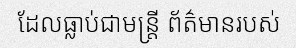
ដែលធ្លាប់ជាមន្ត្រី ព័ត៌មានរបស់